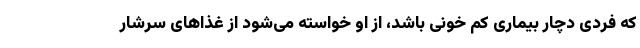
که فردی دچار بیماری کم خونی باشد، از او خواسته می‌شود از غذاهای سرشار